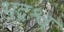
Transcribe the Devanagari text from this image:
भद्रश्व